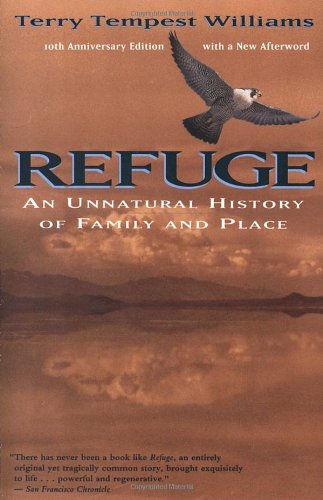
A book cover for Refuge: An Unnatural History of Family and Place; Terry Tempest Williams; Science & Math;